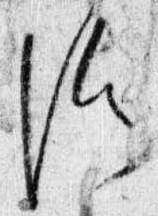
候